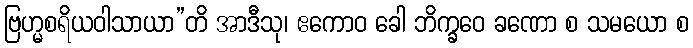
ဗြဟ္မစရိယဝါသာယာ”တိ အာဒီသု၊ ဧကောဝ ခေါ ဘိက္ခဝေ ခဏော စ သမယော စ